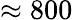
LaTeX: \approx 800